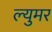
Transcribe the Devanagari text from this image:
ल्युमर